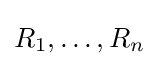
R_{1},\ldots ,R_{n}